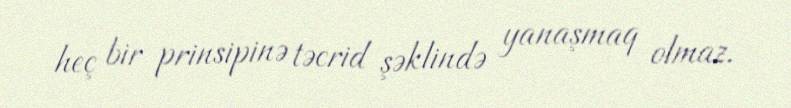
heç bir prinsipinə təcrid şəklində yanaşmaq olmaz.